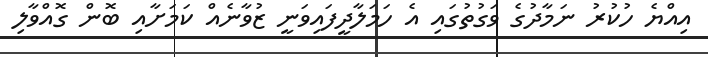
އިއްޔެ ހުކުރު ނަމާދުގެ ވަގުތުގައި އެ ހަމަލާދީފައިވަނީ ޒުވާނެއް ކަމަށާއި ބޮން ގޮއްވާލި